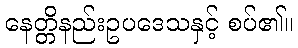
နေတ္တိနည်းဥပဒေသနှင့် စပ်၏။